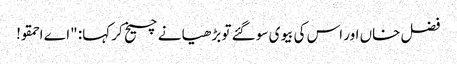
فضل خاں اور اس کی بیوی سو گئے تو بڑھیا نے چیخ کر کہا: "اے احمقو!